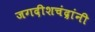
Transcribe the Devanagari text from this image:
जगदीशचंद्रांनी